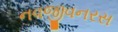
નવજીવનરસ